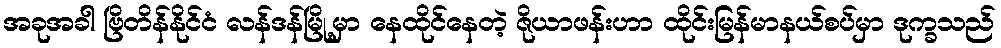
အခုအခါ ဗြိတိန်နိုင်ငံ လန်ဒန်မြို့မှာ နေထိုင်နေတဲ့ ဇိုယာဖန်းဟာ ထိုင်းမြန်မာနယ်စပ်မှာ ဒုက္ခသည်